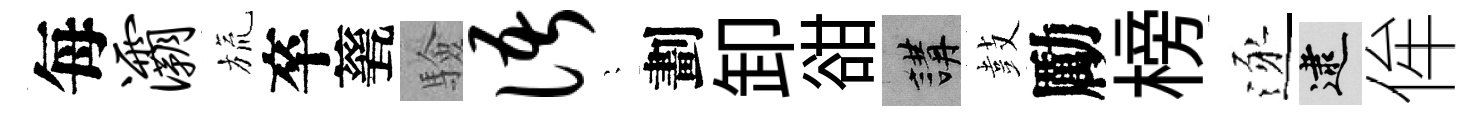
每灞旒卒甆驗语隠劃卸𧮳講鼓勵榜逐逮侔